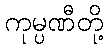
ကုမ္ပဏီတို့